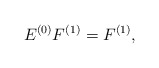
\begin{align*}E^{(0)}F^{(1)}=F^{(1)},\end{align*}